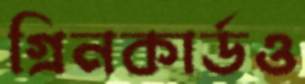
গ্রিনকার্ডও